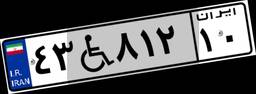
۴۳W۸۱۲۱۰